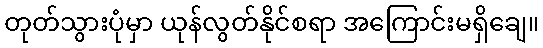
တုတ်သွားပုံမှာ ယုန်လွတ်နိုင်စရာ အကြောင်းမရှိချေ။